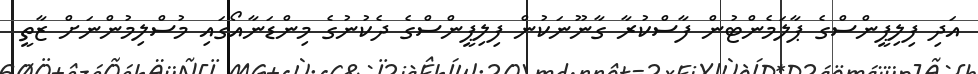
އަދި ފިލިޕީންސްގެ ޕާލަމެންޓުން ފާސްކުރާ ގާނޫނަކުން ފިލިޕީންސްގެ ދެކުނުގެ މިންޑަނާއޯގައި މުސްލިމުންނަށް ޒާތީ